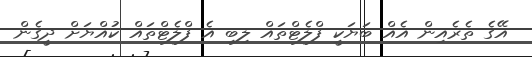
އޭގެ ތެރެއިން އެއް ބަޔަކީ ފްލެޓްތައް ލިބި އެ ފްލެޓްތައް ކުއްޔަށް ދީގެން